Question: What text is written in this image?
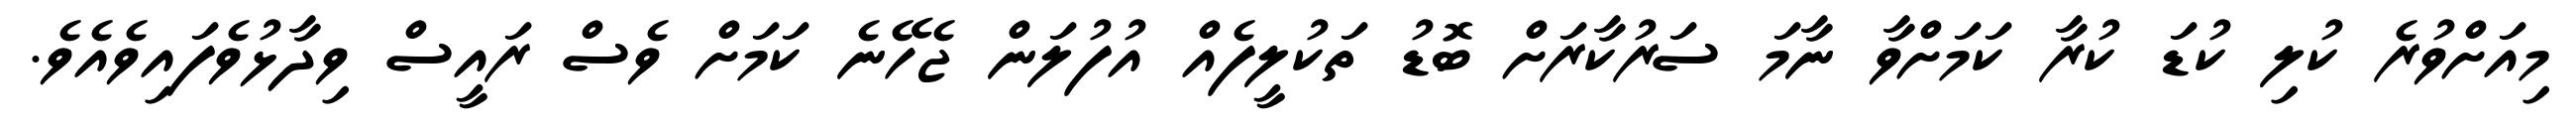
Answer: މިއަށްވުރެ ކުލި ކުޑަ ކުރާ ކަމަށްވާ ނާމަ ސަރުކާރަށް ބޮޑު ތަކުލީފެއް އުފުލަން ޖެހޭނެ ކަމަށް ވެސް ރައީސް ވިދާޅުވެފައިވެއެވެ.